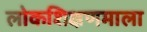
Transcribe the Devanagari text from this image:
लोकशिक्षणमाला